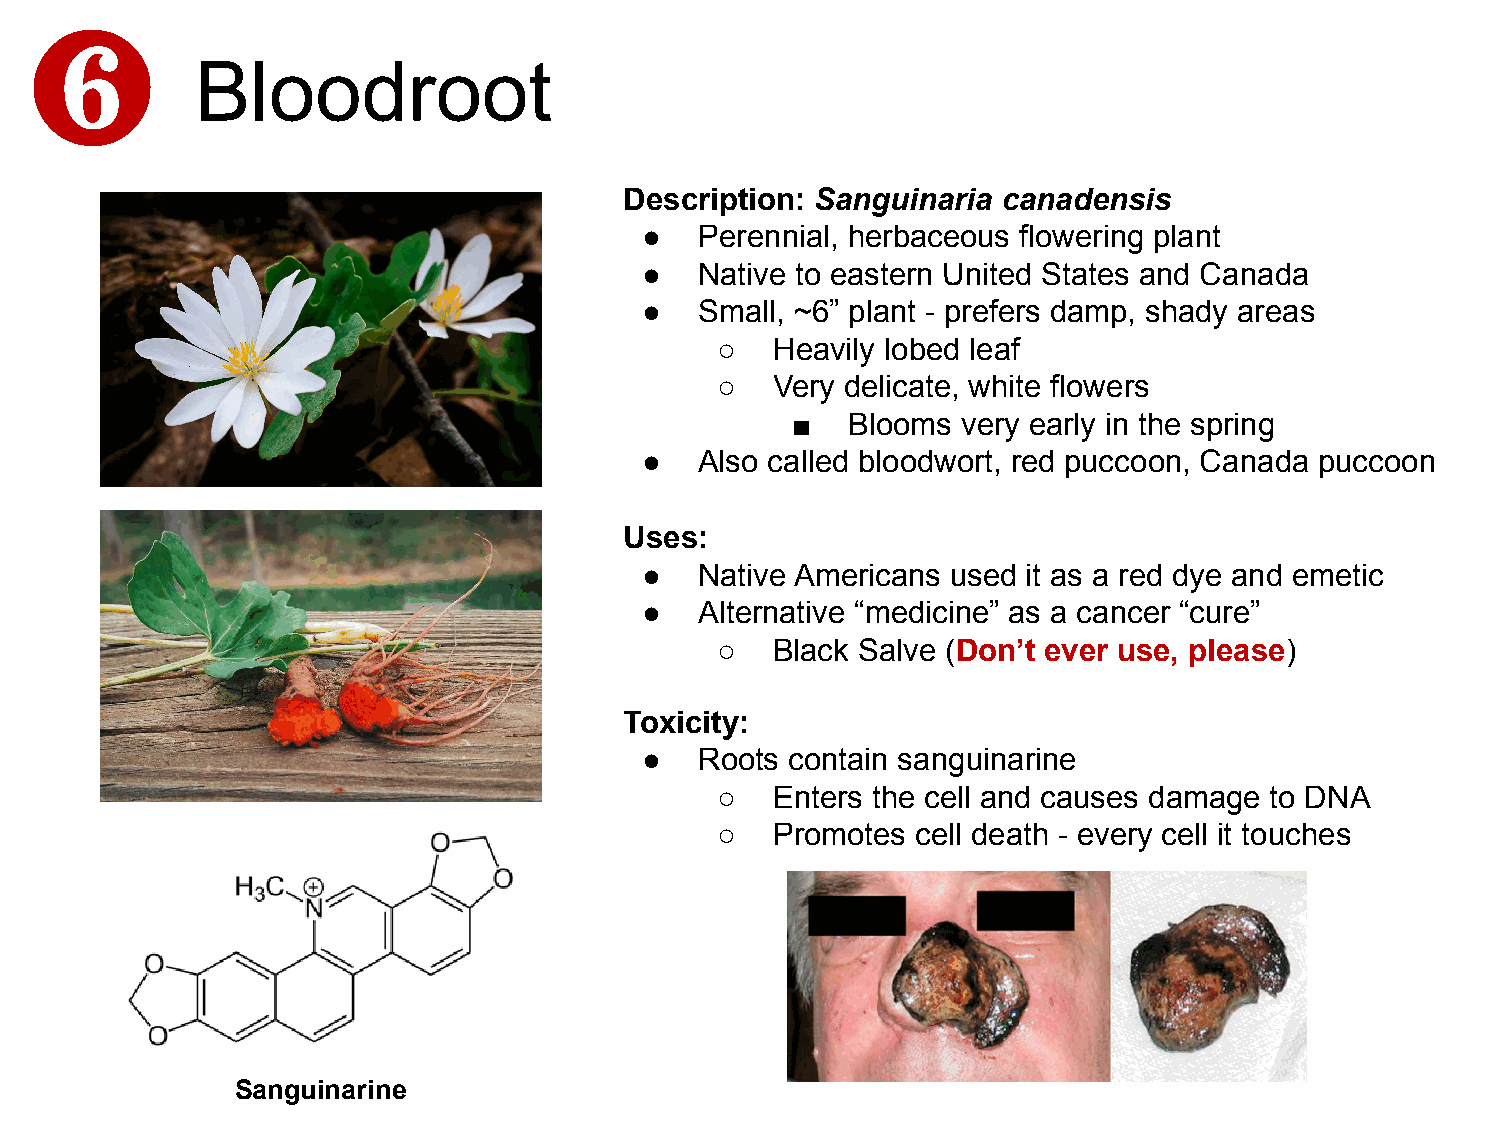
Bloodroot
 Description: Sanguinaria canadensis
 ●   Perennial, herbaceous flowering plant
 ●   Native to eastern United States and Canada
 ●   Small, ~6” plant - prefers damp, shady areas
 ○   Heavily lobed leaf
 ○   Very delicate, white flowers
 ■   Blooms  very early in the spring
 ●   Also called bloodwort, red puccoon, Canada puccoon
 Uses:
 ●   Native Americans used it as a red dye and emetic
 ●   Alternative “medicine” as a cancer “cure”
 ○   Black Salve (Don’t ever use, please)
 Toxicity:
 ●   Roots contain sanguinarine
 ○   Enters the cell and causes damage to DNA
 ○   Promotes  cell death - every cell it touches
 Sanguinarine
 ❻